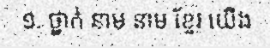
១. ថ្នាក់ នាម នាម ខ្មែរ យើង